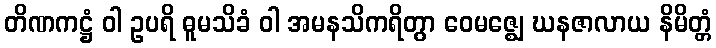
တိဏကဋ္ဌံ ဝါ ဥပရိ ဓူမသိခံ ဝါ အမနသိကရိတွာ ဝေမဇ္ဈေ ဃနဇာလာယ နိမိတ္တံ